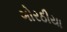
ગોરઠીયા